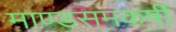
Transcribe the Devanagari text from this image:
माण्डसमकर्षी